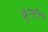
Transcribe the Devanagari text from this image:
श्रुतीं